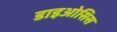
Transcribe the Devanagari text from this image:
डाइओसिस